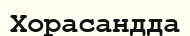
Хорасандда